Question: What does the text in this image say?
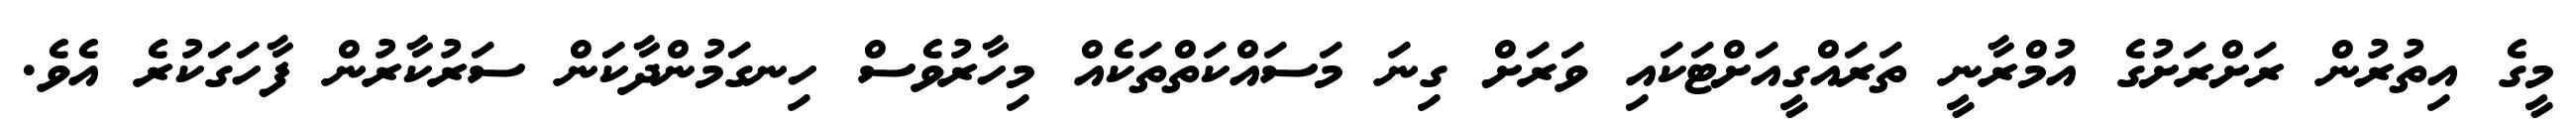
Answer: މީގެ އިތުރުން ރަށްރަށުގެ އުމްރާނީ ތަރައްގީއަށްޓަކައި ވަރަށް ގިނަ މަސައްކަތްތަކެއް މިހާރުވެސް ހިނގަމުންދާކަން ސަރުކާރުން ފާހަގަކުރެ އެވެ.